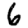
Digit: 6